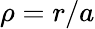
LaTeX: \rho=r/a